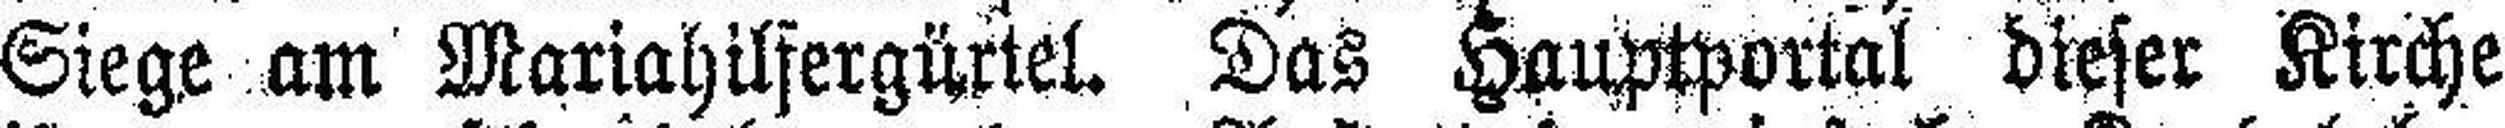
Siege am Mariahilfergürtel. Das Hauptportal dieser Kirche